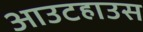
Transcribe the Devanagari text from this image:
आउटहाउस